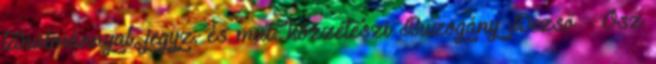
tanulmánnyal, jegyz. és mut. közzéteszi Buzogány Dezső – Ősz